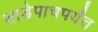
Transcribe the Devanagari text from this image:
साडेपाचपर्यंत